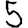
Digit: 5